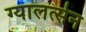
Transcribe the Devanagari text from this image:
ग्यालत्सेन